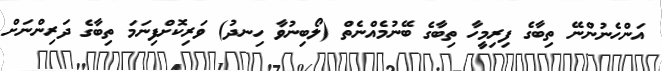
އަންހެނުންނޭ ތިބާގެ ފިރިމީހާ ތިބާގެ ބޭނުމެއްނެތް (ލޯބިނުވާ ހިނދު) ވަރިކޮށްފިނަމަ ތިބާގެ ދަރިންނަށް